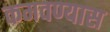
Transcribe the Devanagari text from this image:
कमवण्यास